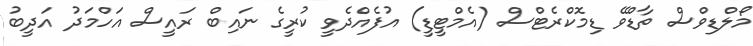
މޯލްޑިވްސް ތާޑްވޭ ޑިމޮކްރެޓްސް (އެމްޓީޑީ) އުފެއްދެވީ ކުރީގެ ނައިބް ރައީސް އަހްމަދު އަދީބު